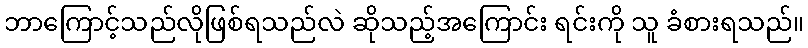
ဘာကြောင့်သည်လိုဖြစ်ရသည်လဲ ဆိုသည့်အကြောင်း ရင်းကို သူ ခံစားရသည်။